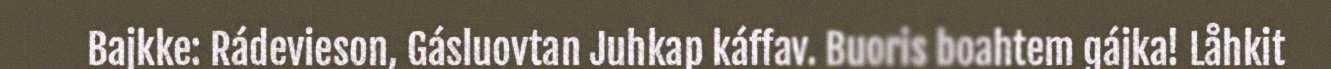
Bajkke: Rádevieson, Gásluovtan Juhkap káffav. Buoris boahtem gájka! Låhkit